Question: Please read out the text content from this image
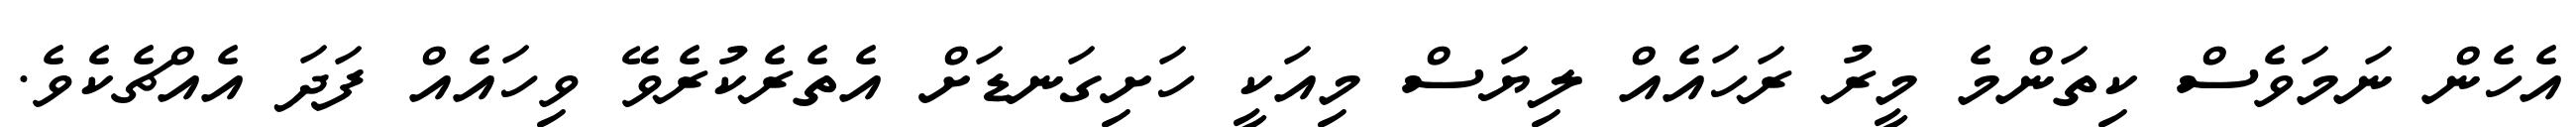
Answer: އެހެން ނަމަވެސް ކިތަންމެ މީރު ރަހައެއް ލިޔަސް މިއަކީ ހަށިގަނޑަށް އެތެރެކުރެވޭ ވިހައެއް ފަދަ އެއްޗެކެވެ.